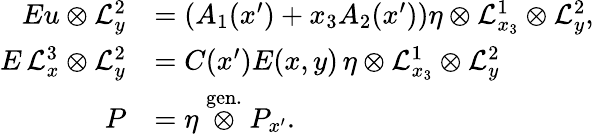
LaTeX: \begin{array}{rl}{Eu\otimes\mathcal{L}_{y}^{2}}&{=\left(A_{1}(x^{\prime})+x_{3}A_{2}(x^{\prime})\right)\eta\otimes\mathcal{L}_{x_{3}}^{1}\otimes\mathcal{L}_{y}^{2},}\\ {E\, \mathcal{L}_{x}^{3}\otimes\mathcal{L}_{y}^{2}}&{=C(x^{\prime})E(x,y)\, \eta\otimes\mathcal{L}_{x_{3}}^{1}\otimes\mathcal{L}_{y}^{2}}\\ {P}&{=\eta\stackrel{\mathrm{gen.}}{\otimes}P_{x^{\prime}}.}\end{array}